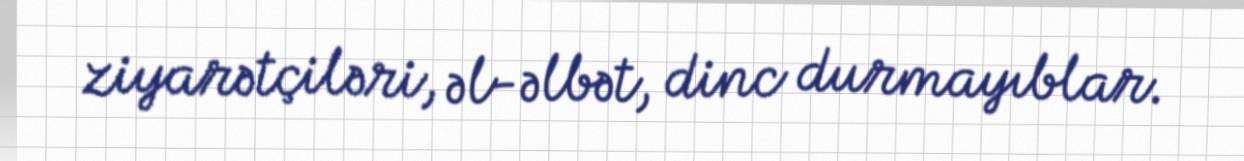
ziyarətçiləri, əl-əlbət, dinc durmayıblar.